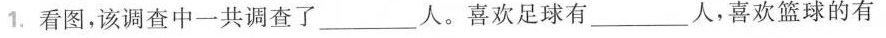
1.看图，该调查中一共调查了___人。喜欢足球有___人，喜欢篮球的有